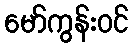
မော်ကွန်းဝင်